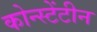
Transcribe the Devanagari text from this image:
कोन्स्टेंटीन